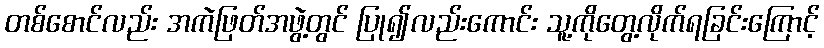
တစ်စောင်လည်း အကဲဖြတ်အဖွဲ့တွင် ပြု၍လည်းကောင်း သူ့ကိုတွေ့လိုက်ရခြင်းကြောင့်